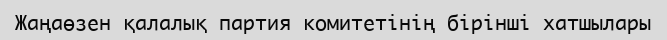
Жаңаөзен қалалық партия комитетінің бірінші хатшылары